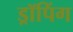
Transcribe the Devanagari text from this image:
ड्रॉपिंग